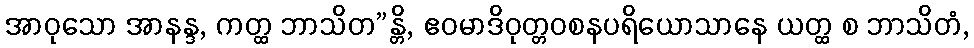
အာဝုသော အာနန္ဒ, ကတ္ထ ဘာသိတ”န္တိ, ဧဝမာဒိဝုတ္တဝစနပရိယောသာနေ ယတ္ထ စ ဘာသိတံ,